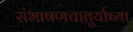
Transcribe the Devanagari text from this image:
संभाषणचातुर्याच्या